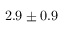
2 . 9 \pm 0 . 9